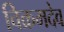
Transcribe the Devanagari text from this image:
विक्रमदेव